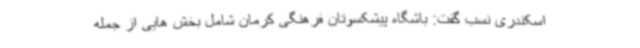
اسکندری نسب گفت: باشگاه پیشکسوتان فرهنگی کرمان شامل بخش هایی از جمله